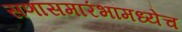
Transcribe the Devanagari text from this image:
सणासमारंभांमध्येच